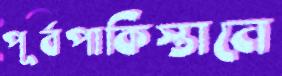
পূর্বপাকিস্তানে